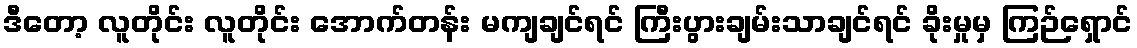
ဒီတော့ လူတိုင်း လူတိုင်း အောက်တန်း မကျချင်ရင် ကြီးပွားချမ်းသာချင်ရင် ခိုးမှုမှ ကြဉ်ရှောင်